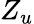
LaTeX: Z_{u}